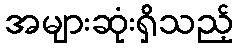
အများဆုံးရှိသည့်